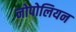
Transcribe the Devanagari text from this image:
नोपोलियन